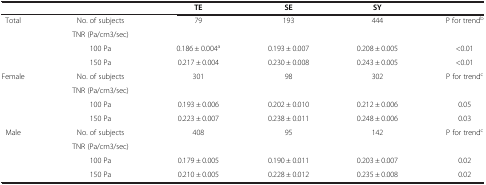
<table><thead><tr><td><b> </b></td><td><b> </b></td><td><b>TE</b></td><td><b>SE</b></td><td><b>SY</b></td><td><b> </b></td></tr></thead><tbody><tr><td>Total</td><td>No. of subjects</td><td>79</td><td>193</td><td>444</td><td>P for trend<sup>b</sup></td></tr><tr><td> </td><td>TNR (Pa/cm3/sec)</td><td> </td><td> </td><td> </td><td> </td></tr><tr><td> </td><td>100 Pa</td><td>0.186 ± 0.004<sup>a</sup></td><td>0.193 ± 0.007</td><td>0.208 ± 0.005</td><td>&lt;0.01</td></tr><tr><td> </td><td>150 Pa</td><td>0.217 ± 0.004</td><td>0.230 ± 0.008</td><td>0.243 ± 0.005</td><td>&lt;0.01</td></tr><tr><td>Female</td><td>No. of subjects</td><td>301</td><td>98</td><td>302</td><td>P for trend<sup>c</sup></td></tr><tr><td> </td><td>TNR (Pa/cm3/sec)</td><td> </td><td> </td><td> </td><td> </td></tr><tr><td> </td><td>100 Pa</td><td>0.193 ± 0.006</td><td>0.202 ± 0.010</td><td>0.212 ± 0.006</td><td>0.05</td></tr><tr><td> </td><td>150 Pa</td><td>0.223 ± 0.007</td><td>0.238 ± 0.011</td><td>0.248 ± 0.006</td><td>0.03</td></tr><tr><td>Male</td><td>No. of subjects</td><td>408</td><td>95</td><td>142</td><td>P for trend<sup>c</sup></td></tr><tr><td> </td><td>TNR (Pa/cm3/sec)</td><td> </td><td> </td><td> </td><td> </td></tr><tr><td> </td><td>100 Pa</td><td>0.179 ± 0.005</td><td>0.190 ± 0.011</td><td>0.203 ± 0.007</td><td>0.02</td></tr><tr><td> </td><td>150 Pa</td><td>0.210 ± 0.005</td><td>0.228 ± 0.012</td><td>0.235 ± 0.008</td><td>0.02</td></tr></tbody></table>